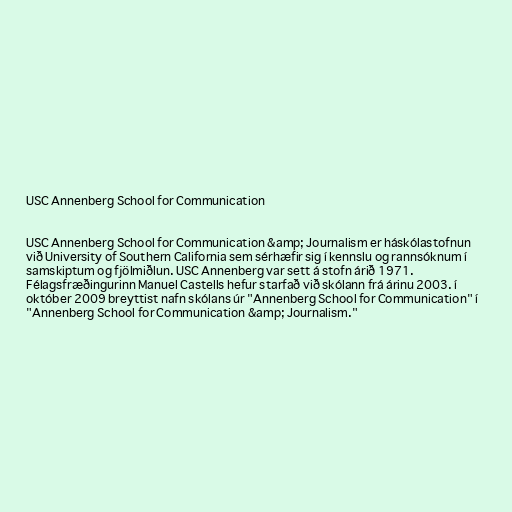
USC Annenberg School for Communication

USC Annenberg School for Communication &amp; Journalism er háskólastofnun
við University of Southern California sem sérhæfir sig í kennslu og rannsóknum í
samskiptum og fjölmiðlun. USC Annenberg var sett á stofn árið 1971.
Félagsfræðingurinn Manuel Castells hefur starfað við skólann frá árinu 2003. í
október 2009 breyttist nafn skólans úr "Annenberg School for Communication" í
"Annenberg School for Communication &amp; Journalism."